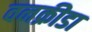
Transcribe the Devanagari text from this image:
वनक्रीडा